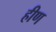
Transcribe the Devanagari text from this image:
हीण